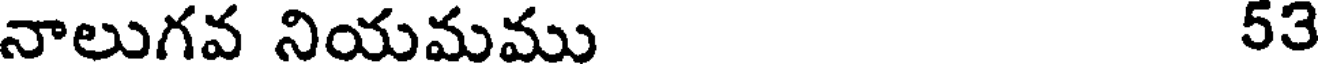
నాలుగవ నియమము 53